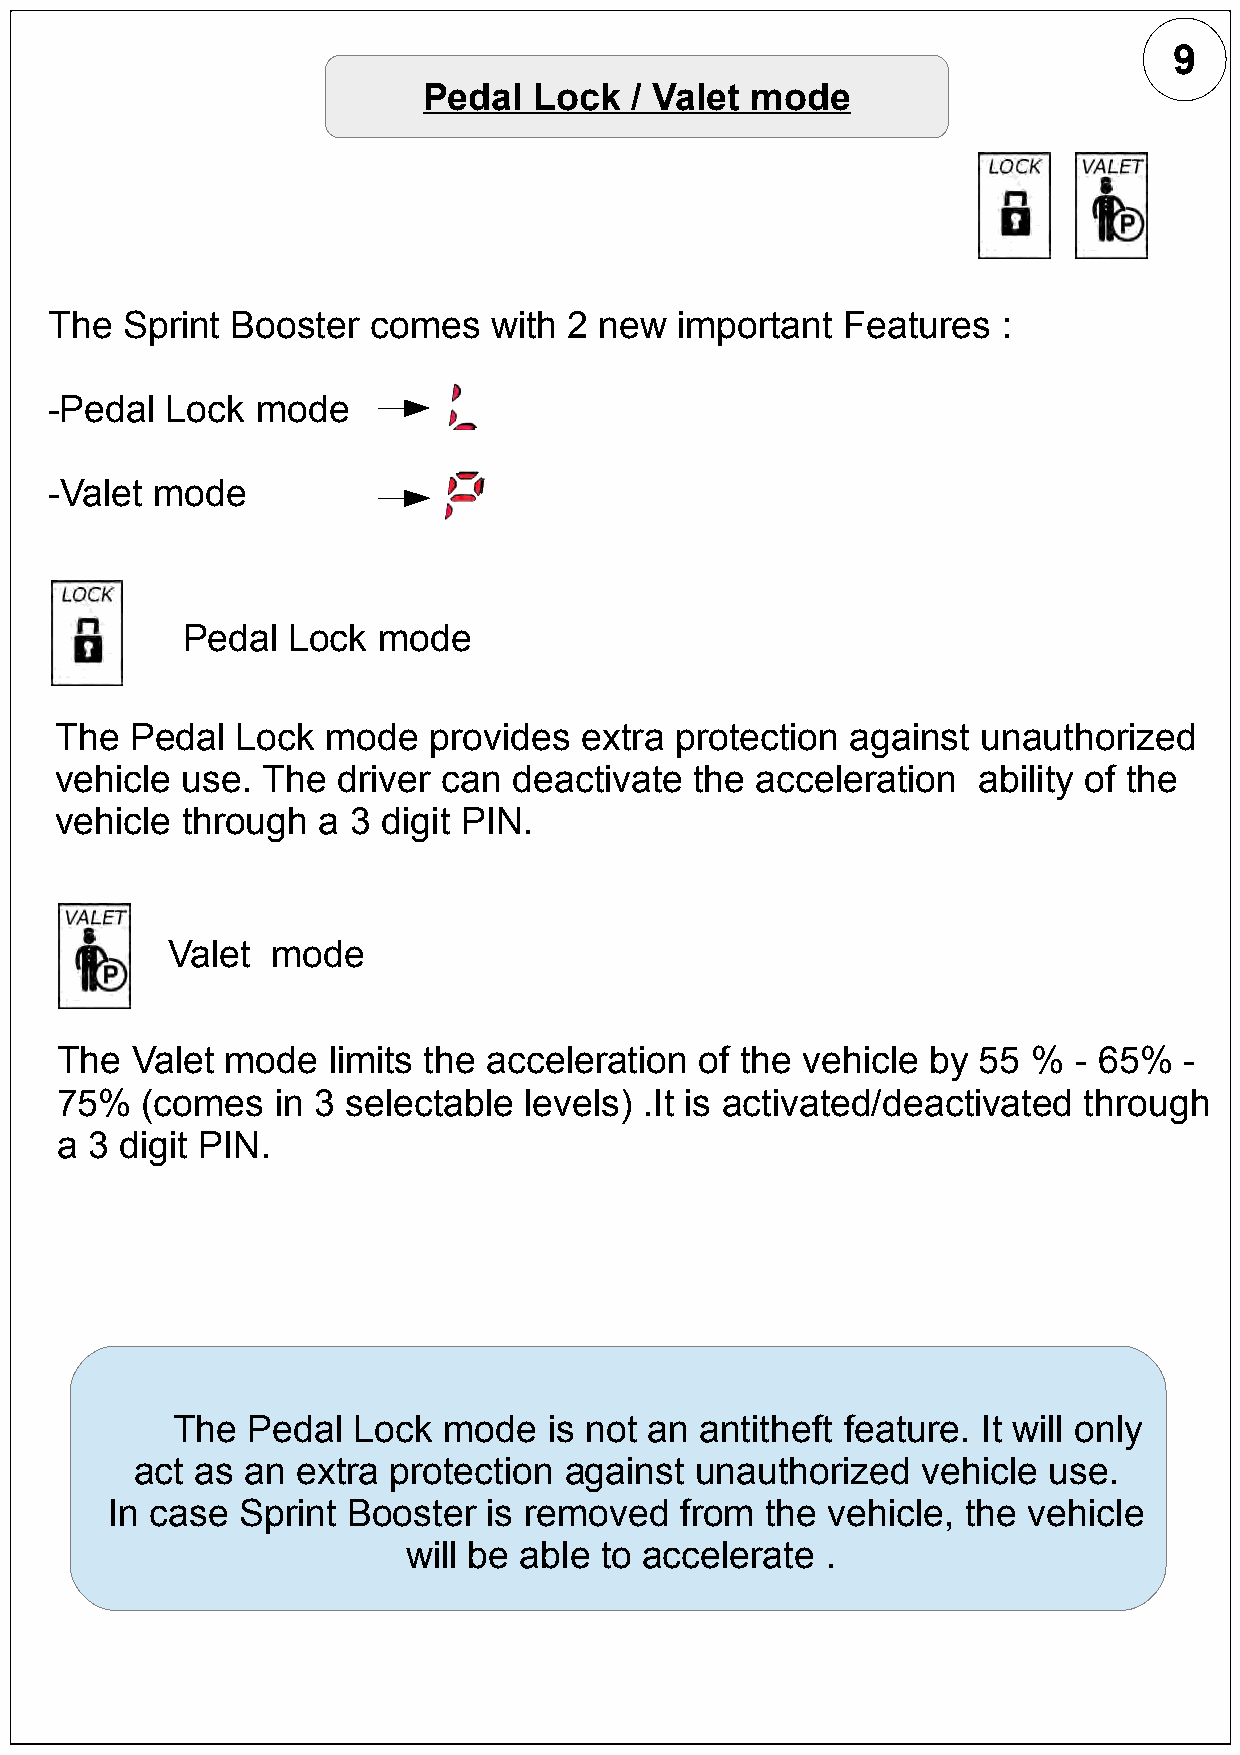
9
 Pedal  Lock   / Valet mode
 The  Sprint Booster   comes   with 2 new  important  Features  :
 -Pedal  Lock  mode
 -Valet mode
 Pedal  Lock  mode
 The  Pedal  Lock  mode  provides  extra  protection against  unauthorized
 vehicle use. The  driver can  deactivate  the acceleration   ability of the
 vehicle through  a 3 digit PIN.
 Valet  mode
 The  Valet mode   limits the acceleration of the vehicle  by 55 %  - 65%  -
 75%  (comes   in 3 selectable  levels) .It is activated/deactivated through
 a 3 digit PIN.
 The  Pedal  Lock  mode   is not an antitheft feature. It will only
 act as an  extra protection against  unauthorized   vehicle use.
 In case  Sprint Booster  is removed   from  the vehicle, the vehicle
 will be able to accelerate  .